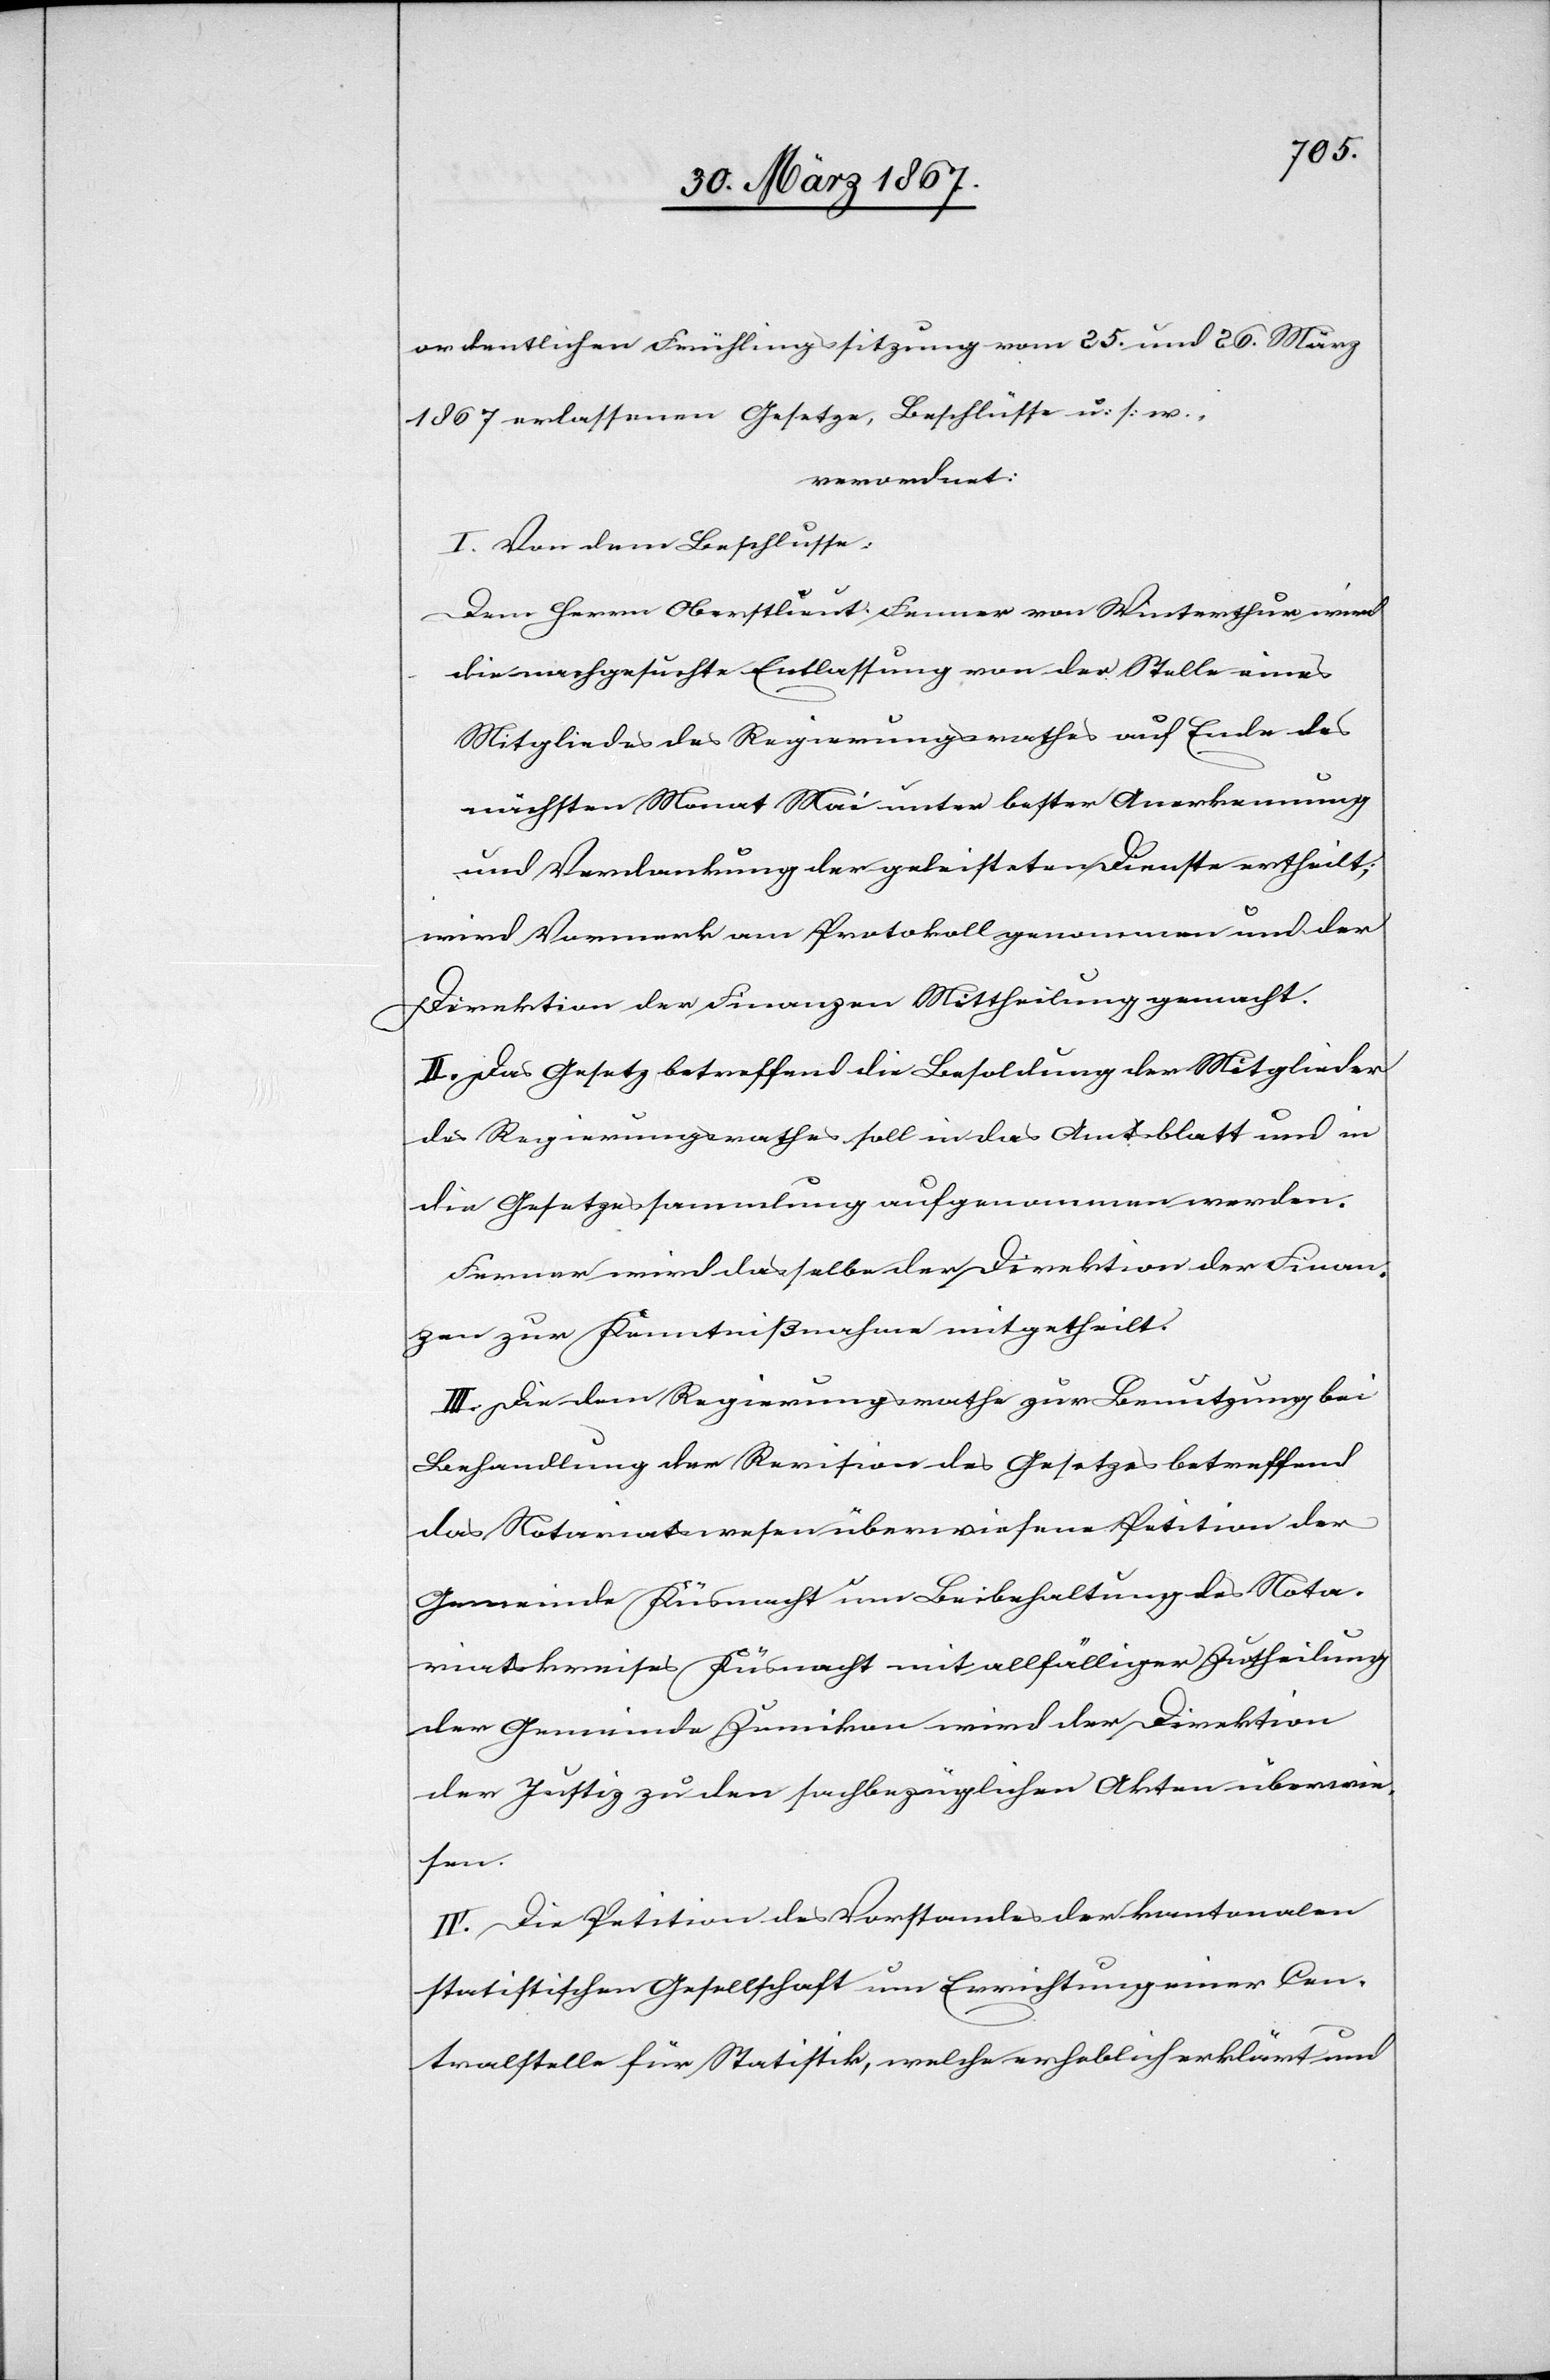
ordentlichen Frühlingssitzung vom 25. und 26. März
1867 erlassenen Gesetze, Beschlüsse u. s. w.
verordnet:
I. Von dem Beschlusse:
dem Herrn Oberstlieut. Fenner von Winterthur wird
die nachgesuchte Entlassung von der Stelle eines
Mitgliedes des Regierungsrathes auf Ende des
nächsten Monat Mai unter bester Anerkennung
und Verdankung der geleisteten Dienste ertheilt;
wird Vormerk am Protokoll genommen und der
Direktion der Finanzen Mittheilung gemacht.
II. Das Gesetz betreffend die Besoldung der Mitglieder
des Regierungsrathes soll in das Amtsblatt und in
die Gesetzessammlung aufgenommen werden.
Ferner wird dasselbe der Direktion der Finan¬
zen zur Kenntnißnahme mitgetheilt.
III. Die dem Regierungsrathe zur Benutzung bei
Behandlung der Revision des Gesetzes betreffend
das Notariatswesen überwiesene Petition der
Gemeinde Küsnacht um Beibehaltung des Nota¬
riatskreises Küsnacht mit allfälliger Zutheilung
der Gemeinde Zumikon wird der Direktion
der Justiz zu den sachbezüglichen Akten überwie¬
sen.
IV. Die Petition des Vorstandes der kantonalen
statistischen Gesellschaft um Errichtung einer Con¬
trolstelle für Statistik, welche erheblich erklärt und